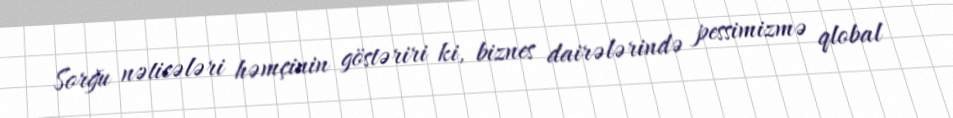
Sorğu nəticələri həmçinin göstəriri ki, biznes dairələrində pessimizmə qlobal